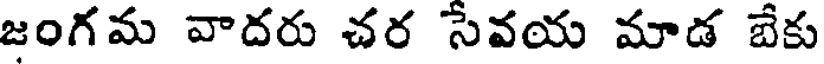
జంగమ వాదరు చర సేవయ మాడ బేకు